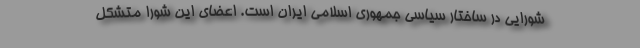
شورایی در ساختار سیاسی جمهوری اسلامی ایران است. اعضای این شورا متشکل